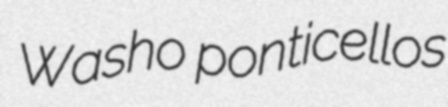
Washo ponticellos